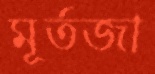
মূর্তজা